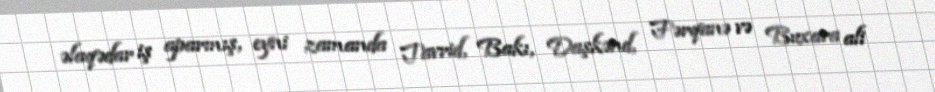
əlaqədar iş aparmış, eyni zamanda Tavrid, Bakı, Daşkənd, Fərqanə və Buxara ali